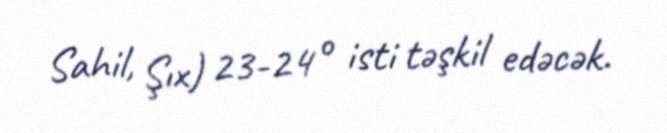
Sahil, Şıx) 23-24° isti təşkil edəcək.